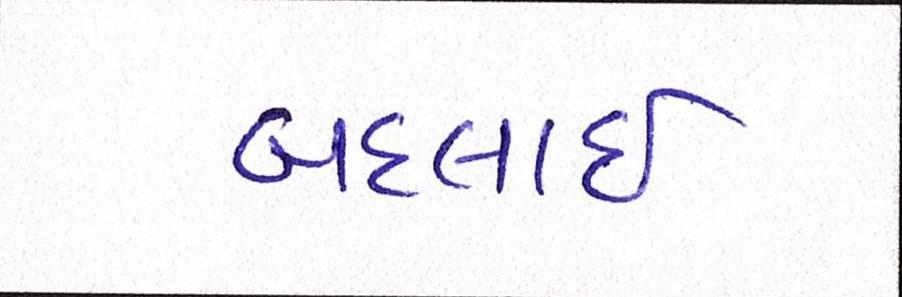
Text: બદલાઈ